Annual report on the working of the Harcourt Butler Institute of Public Health, Rangoon
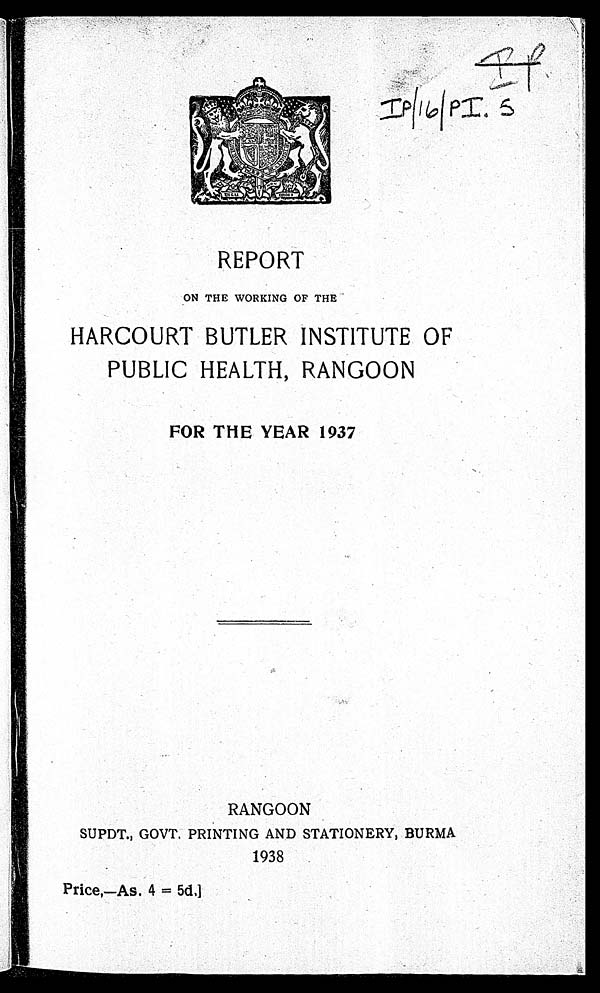
Ip|16|pI.S
REPORT
ON THE WORKING OF THE
HARCOURT BUTLER INSTITUTE OF
PUBLIC HEALTH, RANGOON
FOR THE YEAR 1937
RANGOON
SUPDT., GOVT. PRINTING AND STATIONERY, BURMA
1938
Price,—As. 4 = 5d.]